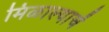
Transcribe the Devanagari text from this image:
मिळाल्याचें